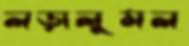
লড়ালুমল